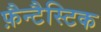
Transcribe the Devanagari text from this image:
फ़ैन्टैस्टिक